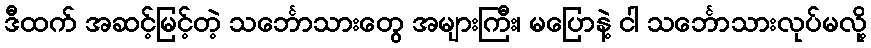
ဒီထက် အဆင့်မြင့်တဲ့ သင်္ဘောသားတွေ အများကြီး၊ မပြောနဲ့ ငါ သင်္ဘောသားလုပ်မလို့